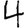
Digit: 4